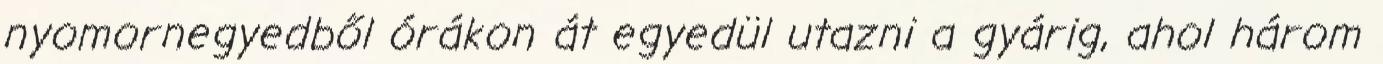
nyomornegyedből órákon át egyedül utazni a gyárig, ahol három